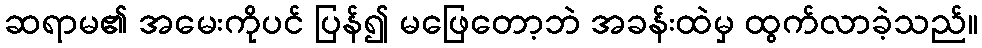
ဆရာမ၏ အမေးကိုပင် ပြန်၍ မဖြေတော့ဘဲ အခန်းထဲမှ ထွက်လာခဲ့သည်။